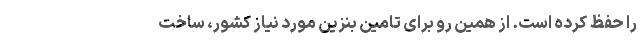
را حفظ کرده است. از همین رو برای تامین بنزین مورد نیاز کشور، ساخت